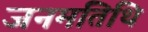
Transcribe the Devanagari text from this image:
जनमतिथि